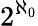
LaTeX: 2^{\aleph_{0}}